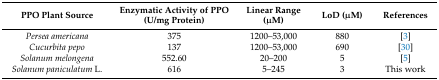
<table><thead><tr><td><b>PPO Plant Source</b></td><td><b>Enzymatic Activity of PPO (U/mg Protein)</b></td><td><b>Linear Range (μM)</b></td><td><b>LoD (μM)</b></td><td><b>References</b></td></tr></thead><tbody><tr><td><i>Persea americana</i></td><td>375</td><td>1200–53,000</td><td>880</td><td>[3]</td></tr><tr><td><i>Cucurbita pepo</i></td><td>137</td><td>1200–53,000</td><td>690</td><td>[30]</td></tr><tr><td><i>Solanum melongena</i></td><td>552.60</td><td>20–200</td><td>5</td><td>[5]</td></tr><tr><td><i>Solanum paniculatum</i> L.</td><td>616</td><td>5–245</td><td>3</td><td>This work</td></tr></tbody></table>